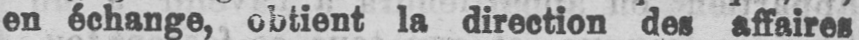
en échange, obtient la direction des affaires